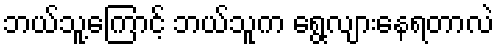
ဘယ်သူ့ကြောင့် ဘယ်သူက ရွေ့လျားနေရတာလဲ